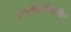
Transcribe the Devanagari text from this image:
उत्तरकाशीमधील